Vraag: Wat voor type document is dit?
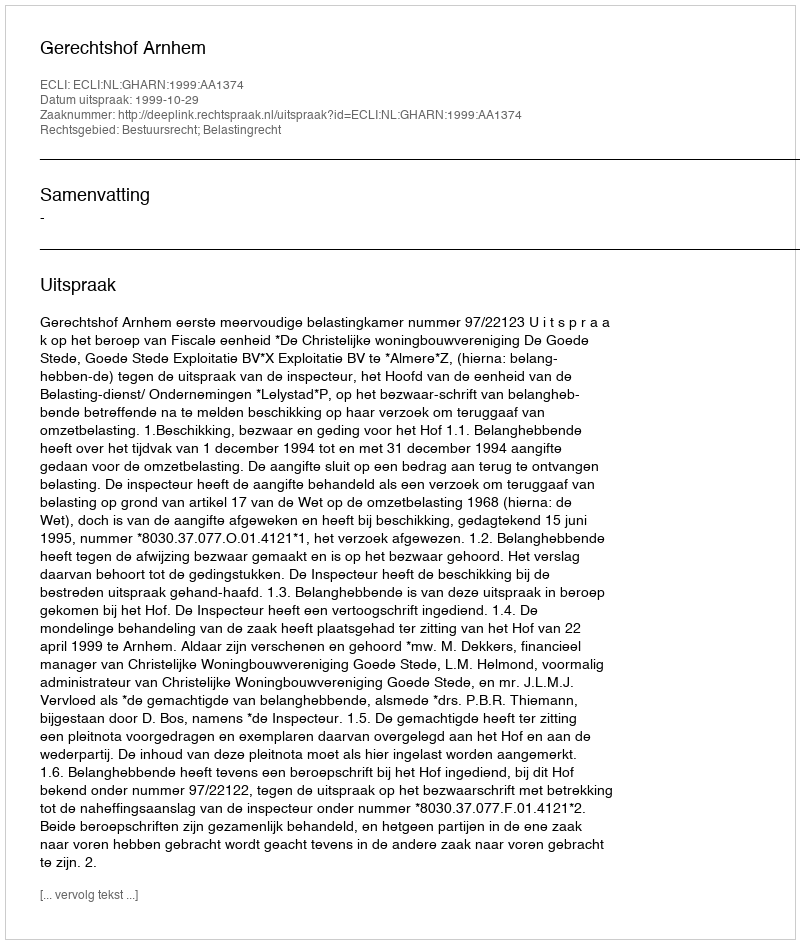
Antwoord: Uitspraak